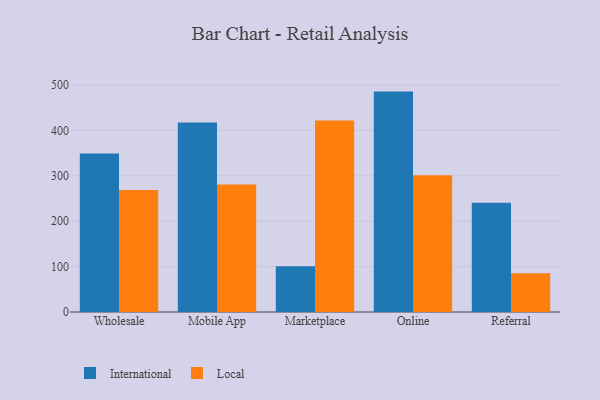
{"axis": {"x": "Channel", "y": "Production Output"}, "legend": ["International", "Local"], "data": [{"x": "Wholesale", "y": 349.2, "type": "International"}, {"x": "Wholesale", "y": 268.7, "type": "Local"}, {"x": "Mobile App", "y": 417.5, "type": "International"}, {"x": "Mobile App", "y": 280.8, "type": "Local"}, {"x": "Marketplace", "y": 101.1, "type": "International"}, {"x": "Marketplace", "y": 422.1, "type": "Local"}, {"x": "Online", "y": 485.8, "type": "International"}, {"x": "Online", "y": 301.2, "type": "Local"}, {"x": "Referral", "y": 240.8, "type": "International"}, {"x": "Referral", "y": 85.5, "type": "Local"}]}